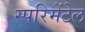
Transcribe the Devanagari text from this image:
स्परिमेंटेल